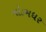
ગોડમધર